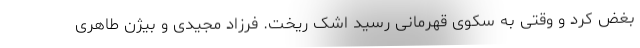
بغض کرد و وقتی به سکوی قهرمانی رسید اشک ریخت. فرزاد مجیدی و بیژن طاهری